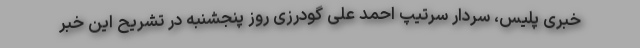
خبری پلیس، سردار سرتیپ احمد علی گودرزی روز پنجشنبه در تشریح این خبر